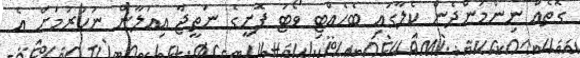
ގޮތެއް ނިންމަންދެން ކެލާގައި ބެހެއްޓި ވޯޓު ފޮށީގެ ނަތީޖާ އިއުލާން ނުކުރުމަށް އެ